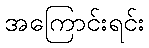
အကြောင်းရင်း